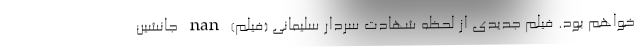
خواهم بود. فیلم جدیدی از لحظه شهادت سردار سلیمانی (فیلم) nan جانشین